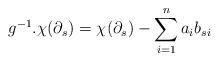
LaTeX: \begin{align*}g^{-1}.\chi(\partial_s)=\chi(\partial_s)-\sum_{i=1}^n a_ib_{si}\end{align*}